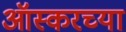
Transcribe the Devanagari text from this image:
ऑस्करच्या